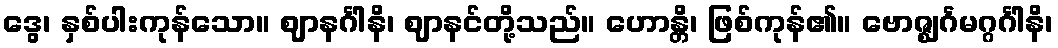
ဒွေ၊ နှစ်ပါးကုန်သော။ ဈာနင်္ဂါနိ၊ ဈာနင်တို့သည်။ ဟောန္တိ၊ ဖြစ်ကုန်၏။ ဗောဇ္ဈင်္ဂမဂ္ဂင်္ဂါနိ၊